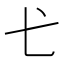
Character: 𢍺